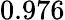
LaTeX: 0.976